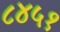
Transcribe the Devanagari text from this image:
८४५१